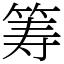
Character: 筹